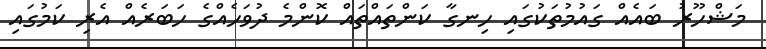
މަޝްހޫރު ބައެއް ގައުމުތަކުގައި ހިނގާ ކަންތައްތައް ކޮންމެ ދުވަހެއްގެ ހަބަރެއް އެރި ކަމުގައި